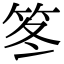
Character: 笗